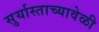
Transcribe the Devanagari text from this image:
सुर्यास्ताच्यावेळी